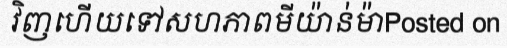
វិញហើយទៅសហភាពមីយ៉ាន់ម៉ាPosted on